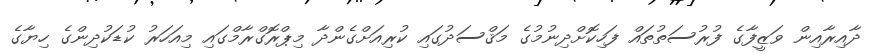
ދާއިރާއިން ވަޒީފާގެ ފުރުސަތުތައް ފަހިކޮށްދިނުމުގެ މަޤްސަދުގައި ކުރިއަށްގެންދާ މިޕްރޮގްރާމްގައި މިއަހަރު ކުޑަކުދިންގެ ހިޔާގެ